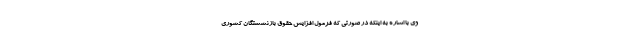
وی با اشاره به اینکه در صورتی که فرمول افزایش حقوق بازنشستگان کشوری